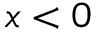
x < 0